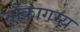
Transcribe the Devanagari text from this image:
नौकागम्य